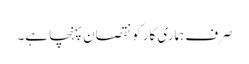
صرف ہماری کار کو نقصان پہنچا ہے۔